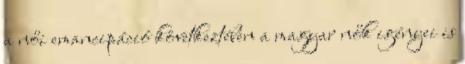
a női emancipáció következtében a magyar nők igényei is